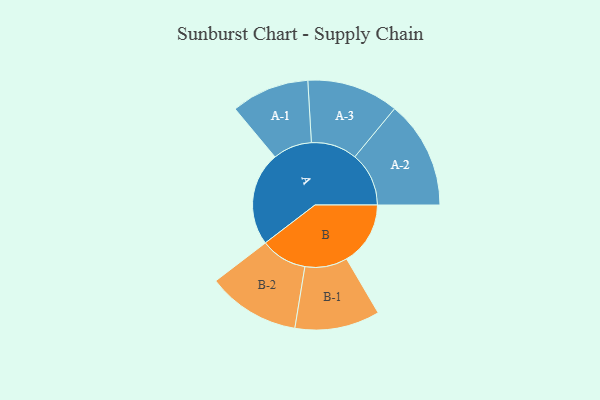
{"axis": {"x": "Segment", "y": "Value"}, "legend": ["", "A", "B"], "data": [{"x": "A", "y": 382, "type": ""}, {"x": "B", "y": 260, "type": ""}, {"x": "A-1", "y": 159, "type": "A"}, {"x": "A-2", "y": 220, "type": "A"}, {"x": "A-3", "y": 187, "type": "A"}, {"x": "B-1", "y": 173, "type": "B"}, {"x": "B-2", "y": 189, "type": "B"}]}